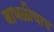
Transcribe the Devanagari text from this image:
बाभळीचाच